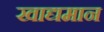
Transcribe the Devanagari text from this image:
खाद्यमान